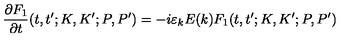
\frac { \partial F _ { 1 } } { \partial t } ( t , t ^ { \prime } ; K , K ^ { \prime } ; P , P ^ { \prime } ) = - i \varepsilon _ { k } E ( k ) F _ { 1 } ( t , t ^ { \prime } ; K , K ^ { \prime } ; P , P ^ { \prime } )